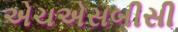
એચએસબીસી